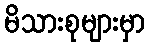
မိသားစုများမှာ